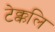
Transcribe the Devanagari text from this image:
टेक्कलि